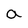
Character: a